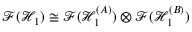
\mathcal { F } ( \mathcal { H } _ { 1 } ) \cong \mathcal { F } ( \mathcal { H } _ { 1 } ^ { ( A ) } ) \otimes \mathcal { F } ( \mathcal { H } _ { 1 } ^ { ( B ) } )